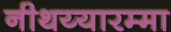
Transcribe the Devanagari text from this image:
नीथय्यारम्मा